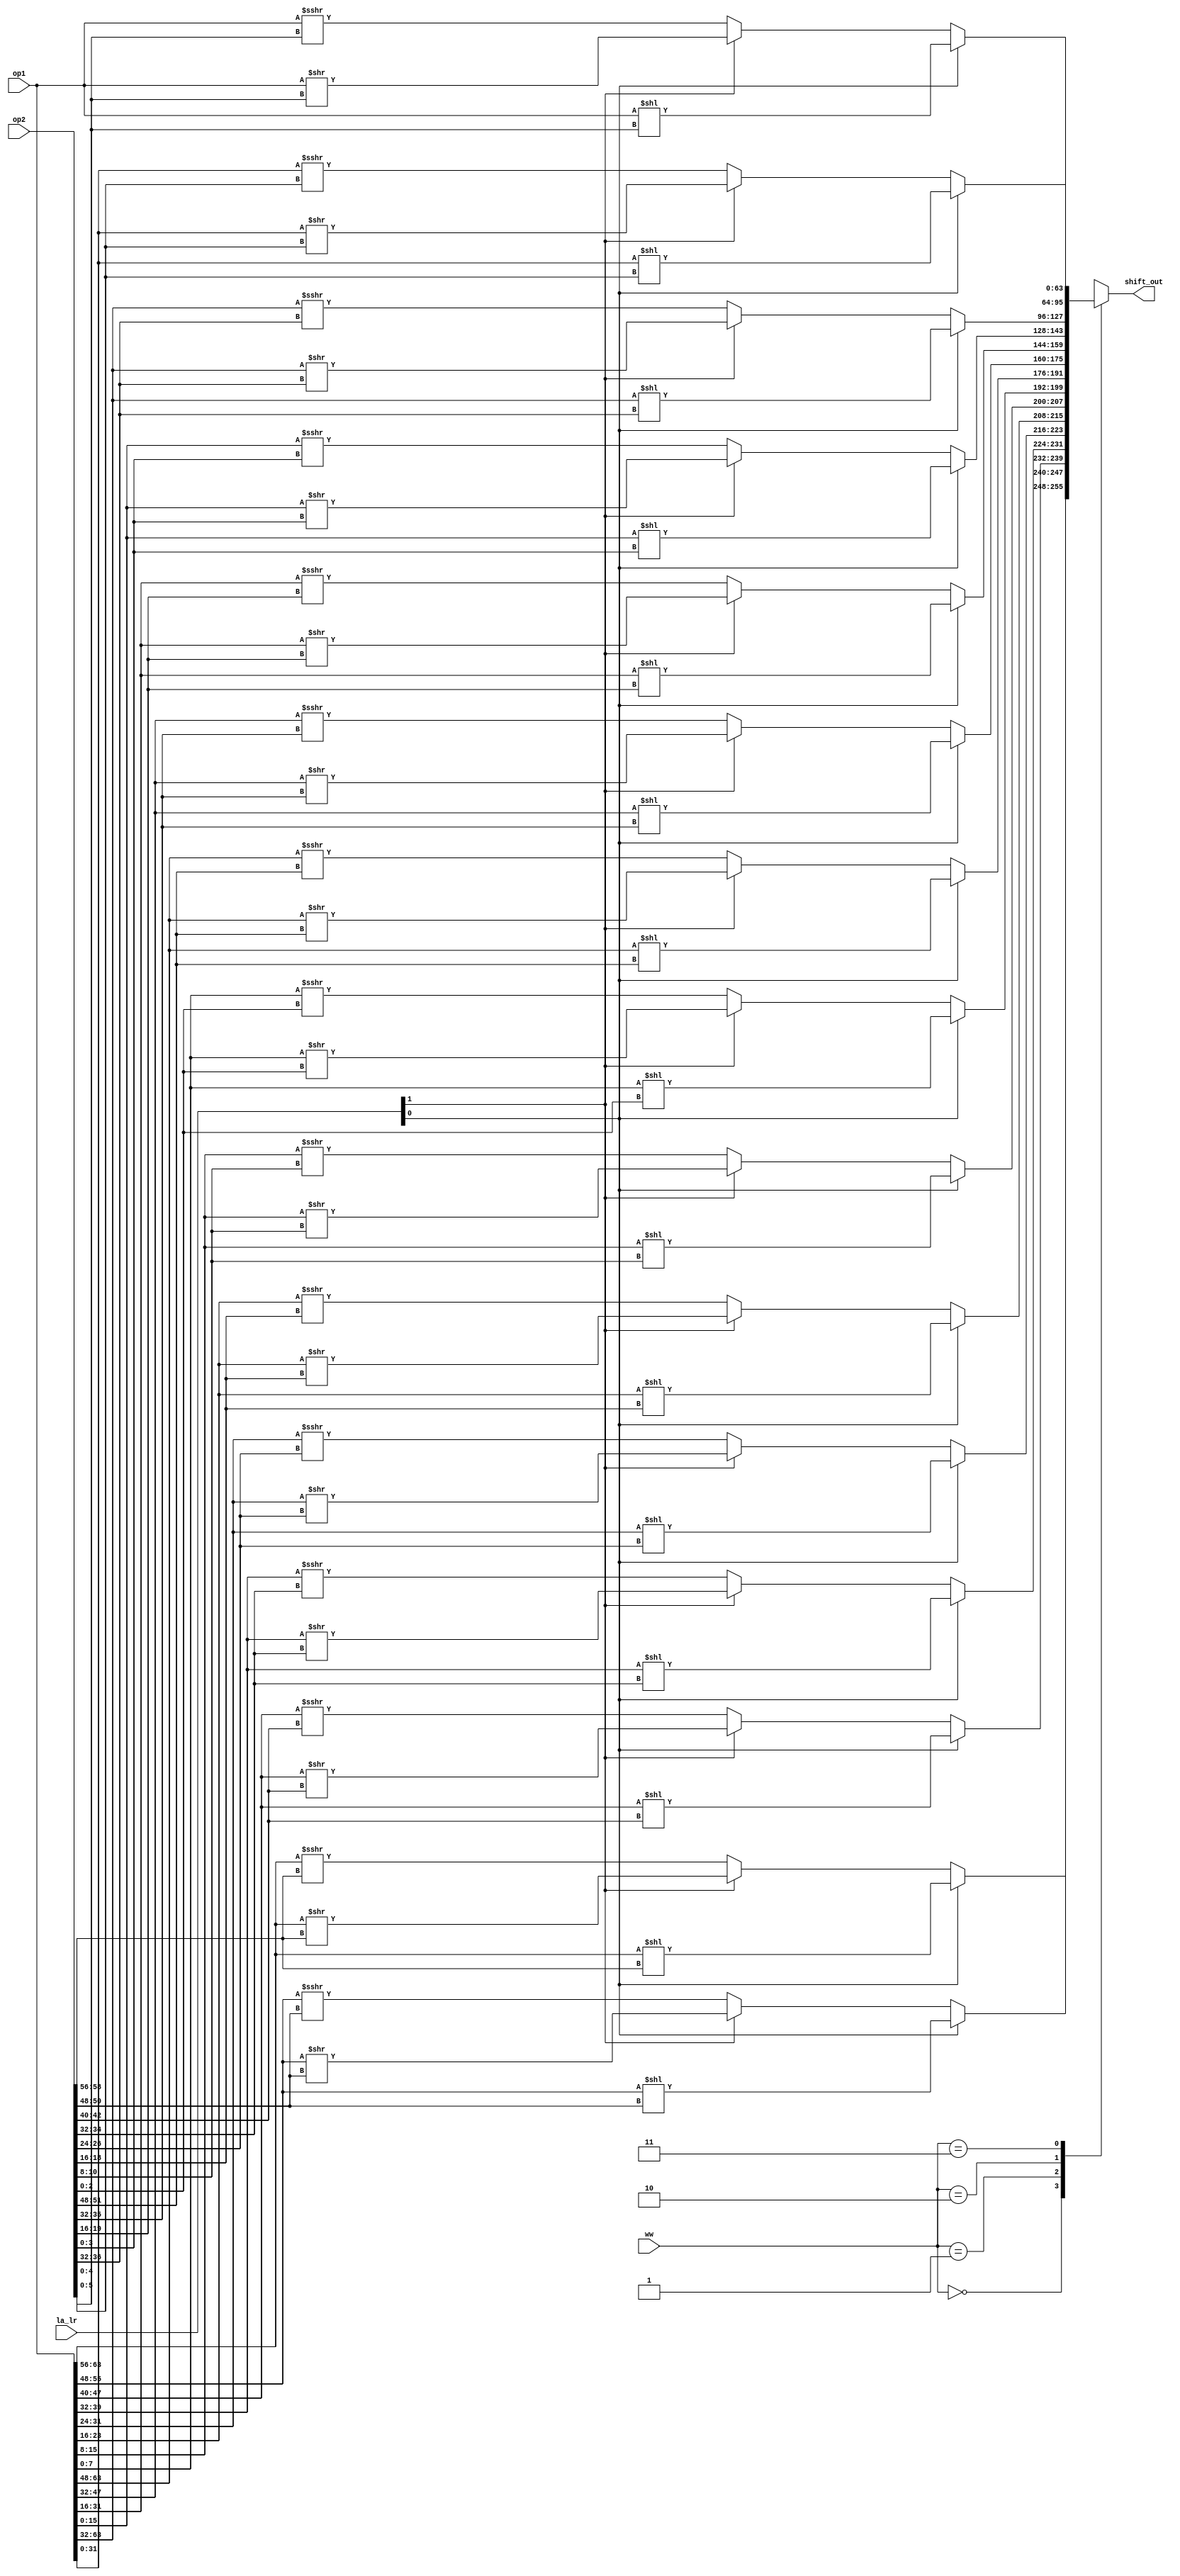
//lazy shifter
module shifter(
	input [0:63] op1, op2,
	input [1:0] ww,
	input [1:0] la_lr,
	output reg [0:63] shift_out
	);
	
	always @(*) begin
		case(ww)
			2'b00: begin
				if(la_lr[0]) begin // left logical shift
					shift_out[0:7]	 = op1[0:7] << op2[5:7];
					shift_out[8:15]	 = op1[8:15] << op2[13:15];
					shift_out[16:23] = op1[16:23] << op2[21:23];
					shift_out[24:31] = op1[24:31] << op2[29:31];
					shift_out[32:39] = op1[32:39] << op2[37:39];
					shift_out[40:47] = op1[40:47] << op2[45:47];
					shift_out[48:55] = op1[48:55] << op2[53:55];
					shift_out[56:63] = op1[56:63] << op2[61:63];
				end else if(la_lr[1]) begin // logical shift right
					shift_out[0:7]	 = op1[0:7] >> op2[5:7];
					shift_out[8:15]	 = op1[8:15] >> op2[13:15];
					shift_out[16:23] = op1[16:23] >> op2[21:23];
					shift_out[24:31] = op1[24:31] >> op2[29:31];
					shift_out[32:39] = op1[32:39] >> op2[37:39];
					shift_out[40:47] = op1[40:47] >> op2[45:47];
					shift_out[48:55] = op1[48:55] >> op2[53:55];
					shift_out[56:63] = op1[56:63] >> op2[61:63];
				end else begin // arithmetic shift right
					shift_out[0:7]	 = op1[0:7] >>> op2[5:7];
					shift_out[8:15]	 = op1[8:15] >>> op2[13:15];
					shift_out[16:23] = op1[16:23] >>> op2[21:23];
					shift_out[24:31] = op1[24:31] >>> op2[29:31];
					shift_out[32:39] = op1[32:39] >>> op2[37:39];
					shift_out[40:47] = op1[40:47] >>> op2[45:47];
					shift_out[48:55] = op1[48:55] >>> op2[53:55];
					shift_out[56:63] = op1[56:63] >>> op2[61:63];
				end
			end
			2'b01: begin
				if(la_lr[0]) begin
					shift_out[0:15]  = op1[0:15] << op2[12:15];
					shift_out[16:31] = op1[16:31] << op2[28:31];
					shift_out[32:47] = op1[32:47] << op2[44:47];
					shift_out[48:63] = op1[48:63] << op2[60:63];
				end else if(la_lr[1]) begin
					shift_out[0:15]  = op1[0:15] >> op2[12:15];
					shift_out[16:31] = op1[16:31] >> op2[28:31];
					shift_out[32:47] = op1[32:47] >> op2[44:47];
					shift_out[48:63] = op1[48:63] >> op2[60:63];
				end else begin
					shift_out[0:15]  = op1[0:15] >>> op2[12:15];
					shift_out[16:31] = op1[16:31] >>> op2[28:31];
					shift_out[32:47] = op1[32:47] >>> op2[44:47];
					shift_out[48:63] = op1[48:63] >>> op2[60:63];
				end
			end
			2'b10: begin
				if(la_lr[0]) begin
					shift_out[0:31]  = op1[0:31] << op2[27:31];
					shift_out[32:63] = op1[32:63] << op2[59:63];
				end else if(la_lr[1]) begin
					shift_out[0:31]  = op1[0:31] >> op2[27:31];
					shift_out[32:63] = op1[32:63] >> op2[59:63];
				end else begin
					shift_out[0:31]  = op1[0:31] >>> op2[27:31];
					shift_out[32:63] = op1[32:63] >>> op2[59:63];
				end
			end
			2'b11: begin
				if(la_lr[0]) begin
					shift_out[0:63]  = op1[0:63] << op2[58:63];
				end else if(la_lr[1]) begin
					shift_out[0:63]  = op1[0:63] >> op2[58:63];
				end else begin
					shift_out[0:63]  = op1[0:63] >>> op2[58:63];
				end
			end
		endcase
	end

endmodule